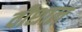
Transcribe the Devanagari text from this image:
वीशाल